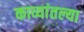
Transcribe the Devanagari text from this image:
काव्यांतल्या